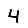
Digit: 4